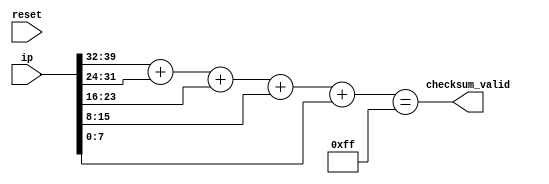
module Eight_bit_checksum_validator ( 
input reset,
input[39:0] ip,
output checksum_valid
);
  reg [7:0] sum;

assign sum = ip[39:32] + ip[31:24] + ip[23:16] + ip[15:8] + ip[7:0];
assign checksum_valid = (sum == 8'b11111111);

  
endmodule